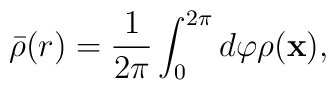
\bar {\rho}(r) = \frac{1}{2 \pi}\int_{0}^{2 \pi}d \varphi \rho (\bf x) ,